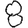
Digit: 8